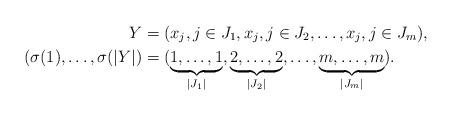
LaTeX: \begin{align*}Y&=(x_j,j\in J_1,x_j,j\in J_2,\ldots,x_j,j\in J_m),\\(\sigma(1),\ldots,\sigma(|Y|)&=(\underbrace{1,\ldots,1}_{|J_1|},\underbrace{2,\ldots,2}_{|J_2|},\ldots,\underbrace{m,\ldots,m}_{|J_m|}).\end{align*}